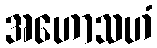
အဟောသဟံ